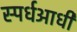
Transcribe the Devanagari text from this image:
स्पर्धआधी